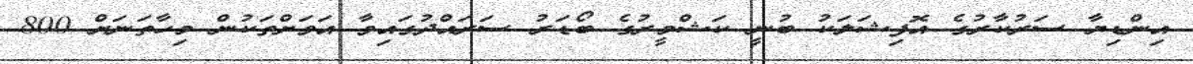
އިންޑިޔާ ސަރުކާރުގެ އޮފިޝަލަކު ބުނީ ކަޝްމީރުގެ ބޯޑަރު ސަރައްދުގައިވާ އަވަށްތަކުން މިހާތަނަށް 800